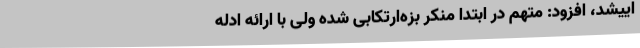
اییشد، افزود: متهم در ابتدا منکر بزه‌ارتکابی شده ولی با ارائه ادله